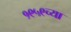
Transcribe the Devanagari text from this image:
१९५९च्या